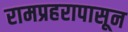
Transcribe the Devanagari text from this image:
रामप्रहरापासून